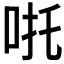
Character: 𠱹